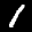
Label: 1